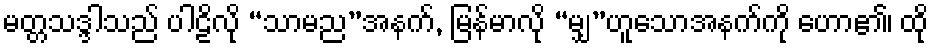
မတ္တသဒ္ဒါသည် ပါဠိလို “သာမည”အနက်, မြန်မာလို “မျှ”ဟူသောအနက်ကို ဟော၏၊ ထို